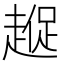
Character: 𮚼